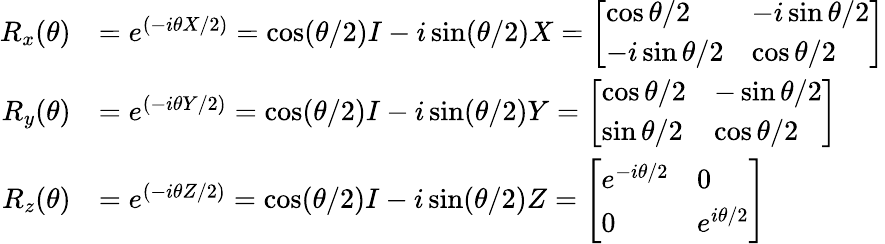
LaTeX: {\begin{array}{rl}{R_{x}(\theta)}&{=e^{(-i\theta X/2)}=\cos(\theta/2)I-i\sin(\theta/2)X={\left[\begin{array}{ll}{\cos\theta/2}&{-i\sin\theta/2}\\ {-i\sin\theta/2}&{\cos\theta/2}\end{array}\right]}}\\ {R_{y}(\theta)}&{=e^{(-i\theta Y/2)}=\cos(\theta/2)I-i\sin(\theta/2)Y={\left[\begin{array}{ll}{\cos\theta/2}&{-\sin\theta/2}\\ {\sin\theta/2}&{\cos\theta/2}\end{array}\right]}}\\ {R_{z}(\theta)}&{=e^{(-i\theta Z/2)}=\cos(\theta/2)I-i\sin(\theta/2)Z={\left[\begin{array}{ll}{e^{-i\theta/2}}&{0}\\ {0}&{e^{i\theta/2}}\end{array}\right]}}\end{array}}